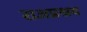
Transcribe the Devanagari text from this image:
राजप्रश्रय